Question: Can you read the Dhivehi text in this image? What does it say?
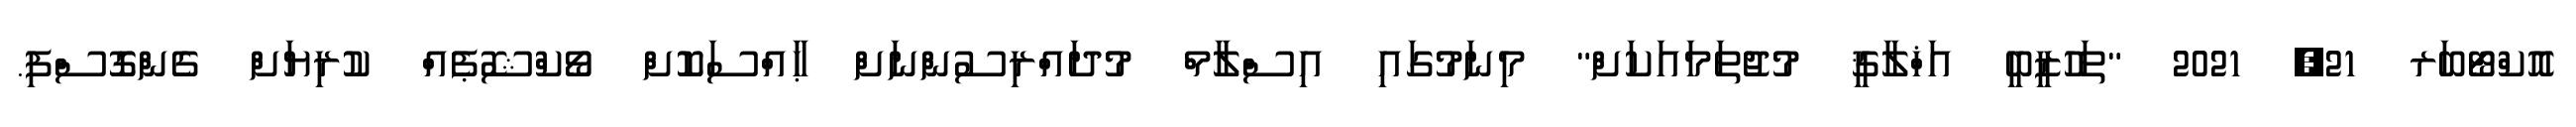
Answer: އޮކްޓޯބަރ 21, 2021 "ތަހުޒީބީ އަޚްލާޤީ މުޖުތަމައަކަށް" މިނަމުގައި އިސްލާމް މުދައްރިސުންނަށް ޙާއްސަކޮށް ވޯކްޝޮޕެއް ކުރިޔަށް ގެންގޮސްފި.